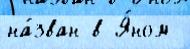
на́зван в Я́ном